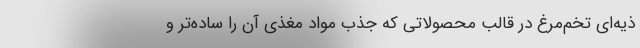
ذیه‌ای تخم‌مرغ در قالب محصولاتی که جذب مواد مغذی آن‌ را ساده‌تر و